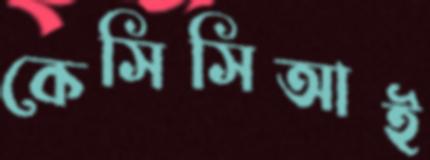
কেসিসিআই